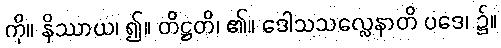
ကို။ နိဿာယ၊ ၍။ တိဋ္ဌတိ၊ ၏။ ဒေါသသလ္လေနာတိ ပဒေ၊ ၌။